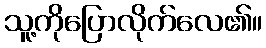
သူ့ကိုပြောလိုက်လေ၏။